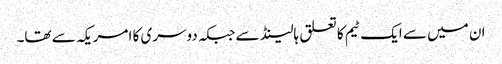
ان میں سے ایک ٹیم کا تعلق ہالینڈ سے جبکہ دوسری کا امریکہ سے تھا۔